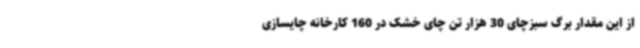
از این مقدار برگ سبزچای 30 هزار تن چای خشک در 160 کارخانه چایسازی